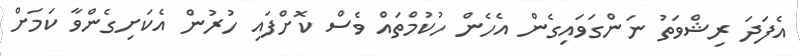
އެފަދަ ރިޝްވަތު ނަންގަވައިގެން އެހެން ހުކުމްތައް ވެސް ކޮށްފައި ހުރުން އެކަށިގެންވާ ކަމަށް